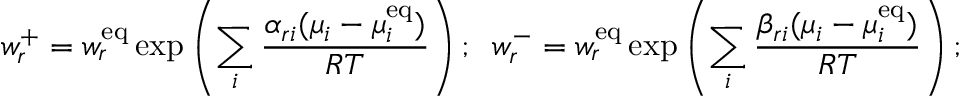
w _ { r } ^ { + } = w _ { r } ^ { \mathrm { { e q } } } \exp \left( \sum _ { i } { \frac { \alpha _ { r i } ( \mu _ { i } - \mu _ { i } ^ { \mathrm { { e q } } } ) } { R T } } \right) ; \; \; w _ { r } ^ { - } = w _ { r } ^ { \mathrm { { e q } } } \exp \left( \sum _ { i } { \frac { \beta _ { r i } ( \mu _ { i } - \mu _ { i } ^ { \mathrm { { e q } } } ) } { R T } } \right) ;